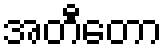
အတီတော